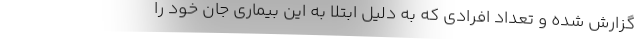
گزارش شده و تعداد افرادی که به دلیل ابتلا به این بیماری جان خود را